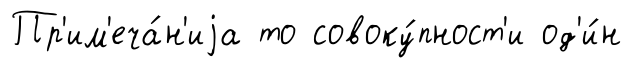
Пр'им'еча́н'иjа то совоку́пност'и од'и́н